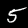
Label: 5